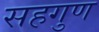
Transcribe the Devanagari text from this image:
सहगुण